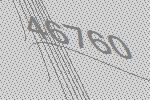
46760